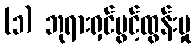
(၁) ဘုရားရှင်ပွင့်ထွန်းမှု